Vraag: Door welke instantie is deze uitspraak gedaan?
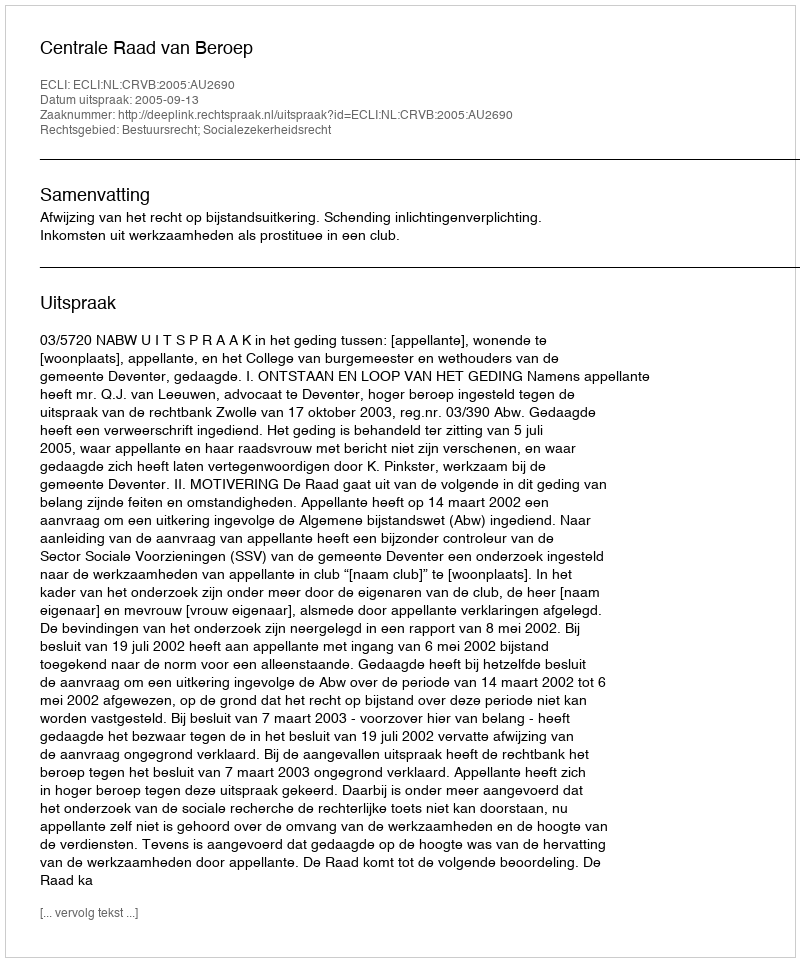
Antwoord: Centrale Raad van Beroep